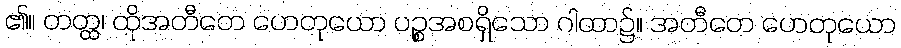
၏။ တတ္ထ၊ ထိုအတီတေ ဟေတုယော ပဉ္စအစရှိသော ဂါထာ၌။ အတီတေ ဟေတုယော